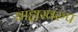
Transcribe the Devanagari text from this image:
बाह्यस्वरुप